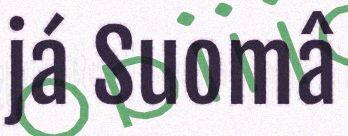
já Suomâ